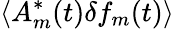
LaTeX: \langle A_{m}^{*}(t)\delta f_{m}(t)\rangle